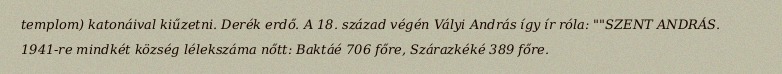
templom) katonáival kiűzetni. Derék erdő. A 18. század végén Vályi András így ír róla: ""SZENT ANDRÁS. 1941-re mindkét község lélekszáma nőtt: Baktáé 706 főre, Szárazkéké 389 főre.